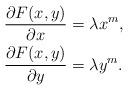
LaTeX: \begin{align*} \frac{\partial F(x,y)}{\partial x} &=\lambda x^m,\\ \frac{\partial F(x,y)}{\partial y} &=\lambda y^m.\end{align*}